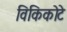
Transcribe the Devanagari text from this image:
विकिकोटे